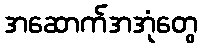
အဆောက်အအုံတွေ